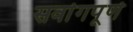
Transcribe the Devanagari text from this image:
सर्वागपूर्ण